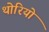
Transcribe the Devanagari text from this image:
थोरियो